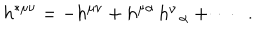
h ^ { * \mu \nu } = - h ^ { \mu \nu } + h ^ { \mu \alpha } \, h _ { \; \; \alpha } ^ { \nu } + \cdots \; \; .